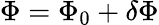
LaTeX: \Phi=\Phi_{0}+\delta\Phi